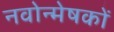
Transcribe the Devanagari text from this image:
नवोन्मेषकों